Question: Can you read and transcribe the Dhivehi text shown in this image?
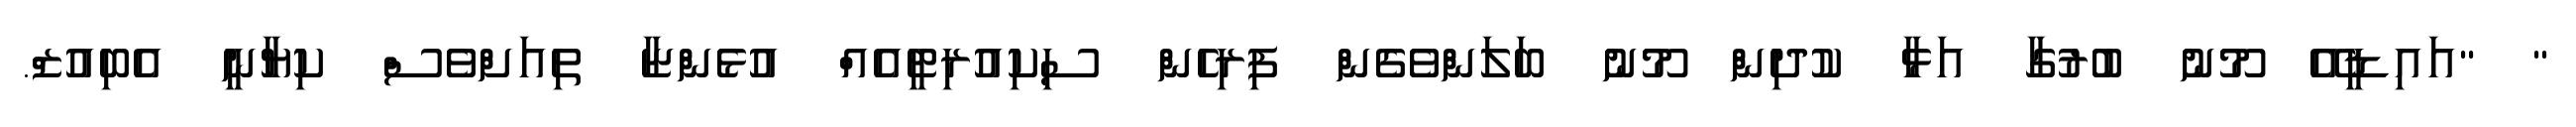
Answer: " "އައިޑީއޭ މޫނު ބުރުގާ އަޅާ ކުދިން މޫނު ބަލަންވެގެން ފިރިހެން ސިކިއުރިޓީއެއް އުޅެންޏާ ތިއަށްވެސް ކިޔާނީ އެބިއުޒް.